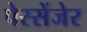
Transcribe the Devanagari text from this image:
पेस्सेंजेर